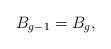
LaTeX: \begin{align*} B_{g-1}=B_g,\end{align*}